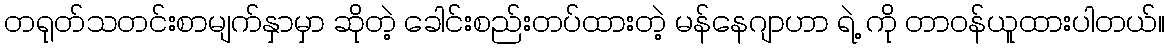
တရုတ်သတင်းစာမျက်နှာမှာ ဆိုတဲ့ ခေါင်းစည်းတပ်ထားတဲ့ မန်နေဂျာဟာ ရဲ့ ကို တာဝန်ယူထားပါတယ်။